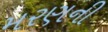
મરણની